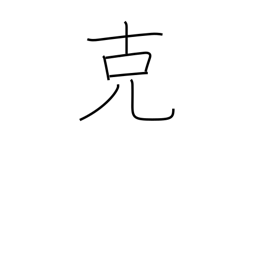
Meaning: overcome